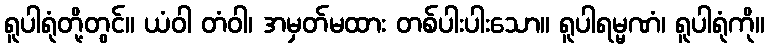
ရူပါရုံတို့တွင်။ ယံဝါ တံဝါ၊ အမှတ်မထား တစ်ပါးပါးသော။ ရူပါရမ္မဏံ၊ ရူပါရုံကို။